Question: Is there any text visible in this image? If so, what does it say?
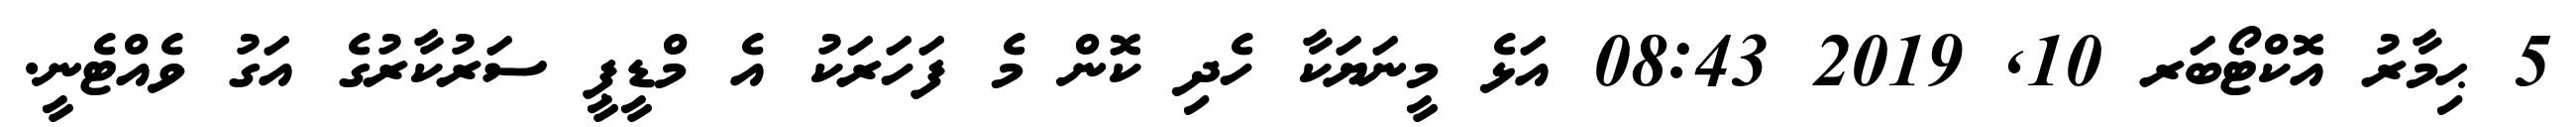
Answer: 5 ޙިމާރު އޮކްޓޯބަރ 10, 2019 08:43 އަޅެ މީނަޔަކާ ހެދި ކޮން މެ ފަހަރަކު އެ މްޑީޕީ ސަރުކާރުގެ އަގު ވެއްޓެނީ.